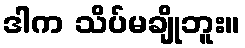
ဒါက သိပ်မချိုဘူး။